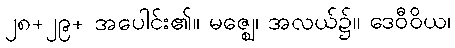
၂၈+၂၉+ အပေါင်း၏။ မဇ္ဈေ၊ အလယ်၌။ ဒေဝီဝိယ၊